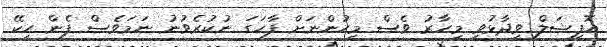
އޮފިޝަލް ވިދާޅުވީ މިހާރު ވެސް މީހުންނަށް ފާހަގަ ނުކުރެވުނު ނަމަވެސް ފެން ހިކޭ